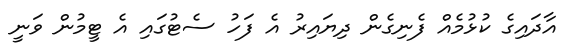
އާދައިގެ ކުޅުމެއް ފެނިގެން ދިޔައިރު އެ ފަހު ސެޓުގައި އެ ޓީމުން ވަނީ